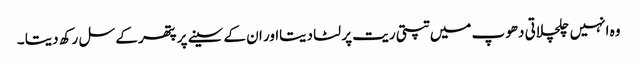
وہ انہیں چلچلاتی دھوپ میں تپتی ریت پر لٹا دیتااور ان کے سینے پر پتھر کے سل رکھ دیتا ۔